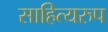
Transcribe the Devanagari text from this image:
साहित्यरुप